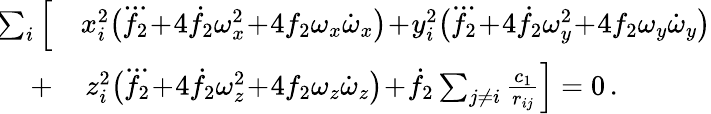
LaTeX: \begin{array}{rl}{\! \sum_{i}\Big[}&{{}x_{i}^{2}\big(\dddot{f_{2}}\! +\! 4\dot{f}_{2}\omega_{x}^{2}\! +\! 4f_{2}\omega_{x}\dot{\omega}_{x}\big)\! +\! y_{i}^{2}\big(\dddot{f_{2}}\! +\! 4\dot{f}_{2}\omega_{y}^{2}\! +\! 4f_{2}\omega_{y}\dot{\omega}_{y}\big)}\\ {+}&{{}\, z_{i}^{2}\big(\dddot{f_{2}}\! +\! 4\dot{f}_{2}\omega_{z}^{2}\! +\! 4f_{2}\omega_{z}\dot{\omega}_{z}\big)\! +\! \dot{f}_{2}\sum_{j\ne i}\frac{c_{1}}{r_{ij}}\Big]=0\, .}\end{array}